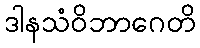
ဒါနသံဝိဘာဂေတိ